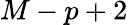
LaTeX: M-p+2